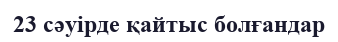
23 сәуірде қайтыс болғандар